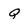
Character: Q